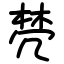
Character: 棾